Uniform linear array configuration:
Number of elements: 48
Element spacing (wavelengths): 1
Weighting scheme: binomial
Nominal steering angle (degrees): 45
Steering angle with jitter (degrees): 46.654
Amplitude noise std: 0.05
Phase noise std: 0.05

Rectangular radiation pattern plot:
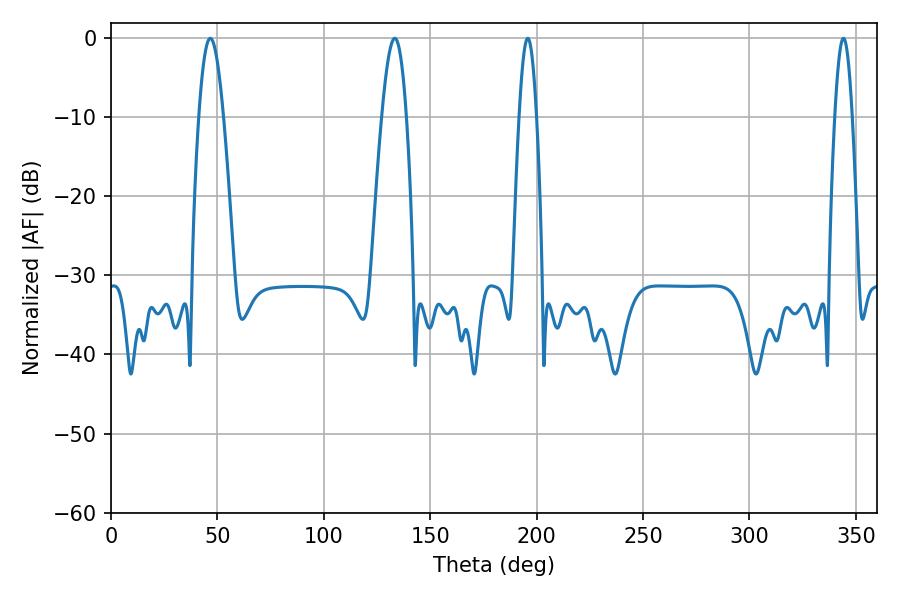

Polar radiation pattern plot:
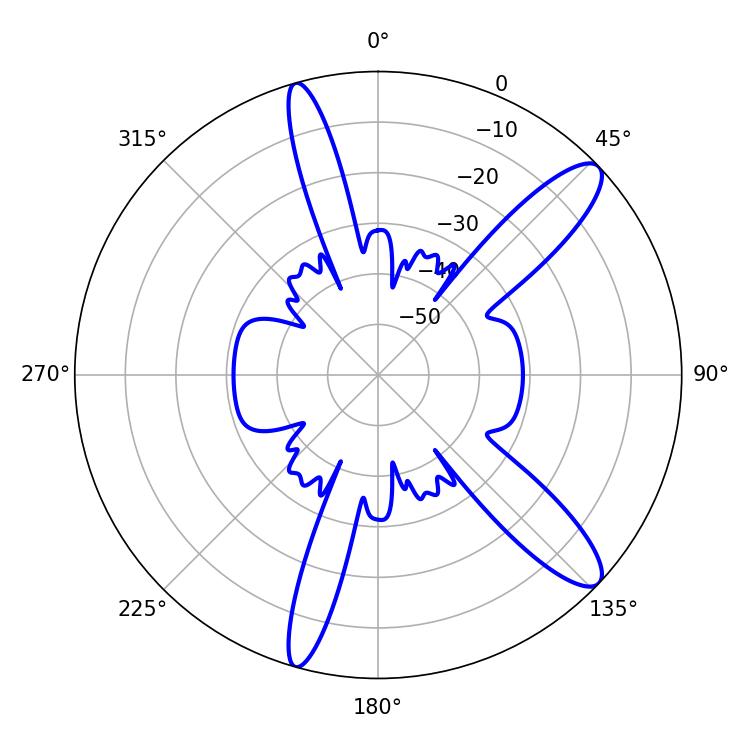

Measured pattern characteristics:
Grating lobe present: TRUE
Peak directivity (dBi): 11.951
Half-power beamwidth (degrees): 4.32
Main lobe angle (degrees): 195.84